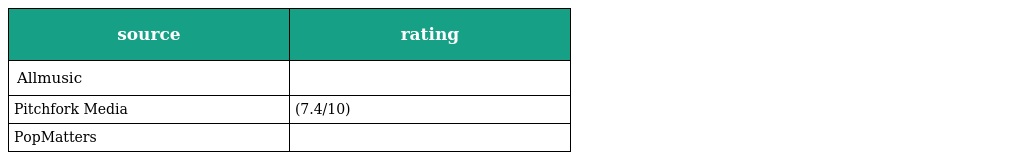
| source | rating |
 | --- | --- |
 | Allmusic |  |
 | Pitchfork Media | (7.4/10) |
 | PopMatters |  |